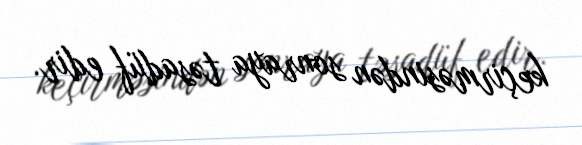
keçirməsindən sonraya təsadüf edir.